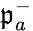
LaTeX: \mathfrak{p}_{a}^{-}